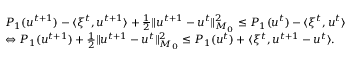
\begin{array} { r l } & { P _ { 1 } ( u ^ { t + 1 } ) - \langle \xi ^ { t } , u ^ { t + 1 } \rangle + \frac { 1 } { 2 } \| u ^ { t + 1 } - u ^ { t } \| _ { M _ { 0 } } ^ { 2 } \leq P _ { 1 } ( u ^ { t } ) - \langle \xi ^ { t } , u ^ { t } \rangle } \\ & { \Leftrightarrow P _ { 1 } ( u ^ { t + 1 } ) + \frac { 1 } { 2 } \| u ^ { t + 1 } - u ^ { t } \| _ { M _ { 0 } } ^ { 2 } \leq P _ { 1 } ( u ^ { t } ) + \langle \xi ^ { t } , u ^ { t + 1 } - u ^ { t } \rangle . } \end{array}